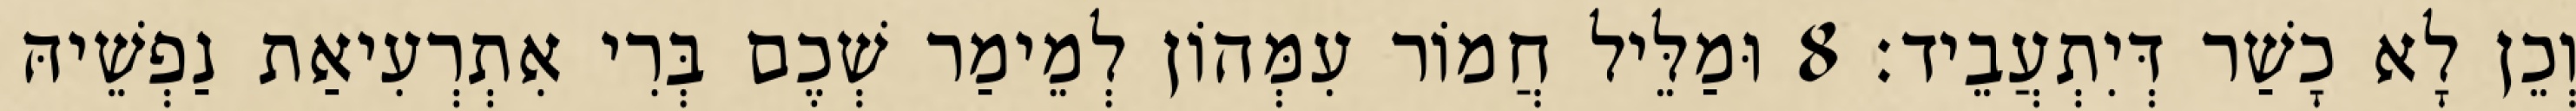
וְכֵן לָא כָשַׁר דְּיִתְעֲבֵיד׃ 8 וּמַלֵּיל חֲמוֹר עִמְּהוֹן לְמֵימַר שְׁכֶם בְּרִי אִתְרְעִיאַת נַפְשֵׁיהּ